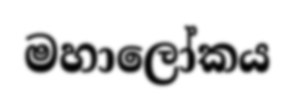
මහාලෝකය